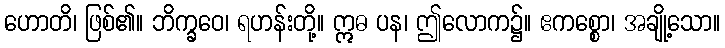
ဟောတိ၊ ဖြစ်၏။ ဘိက္ခဝေ၊ ရဟန်းတို့။ ဣဓ ပန၊ ဤလောက၌။ ဧကစ္စော၊ အချို့သော။